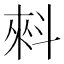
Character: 𰂤